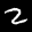
Label: 2